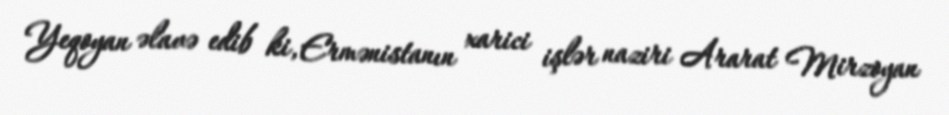
Yeqoyan əlavə edib ki, Ermənistanın xarici işlər naziri Ararat Mirzoyan